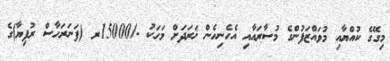
މިގޭގެ ކުއްޔާއި މުވައްޒަފުންގެ މުސާރައާއި އެހެނިހެން ޚަރަދަށް މަހަކު -/15000ރ (ފަނަރަހާސް ރުފިޔާ)ގެ